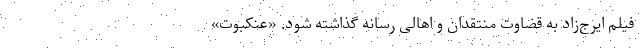
فیلم ایرج‌زاد به قضاوت منتقدان و اهالی رسانه گذاشته شود. «عنکبوت»